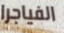
الفياجرا